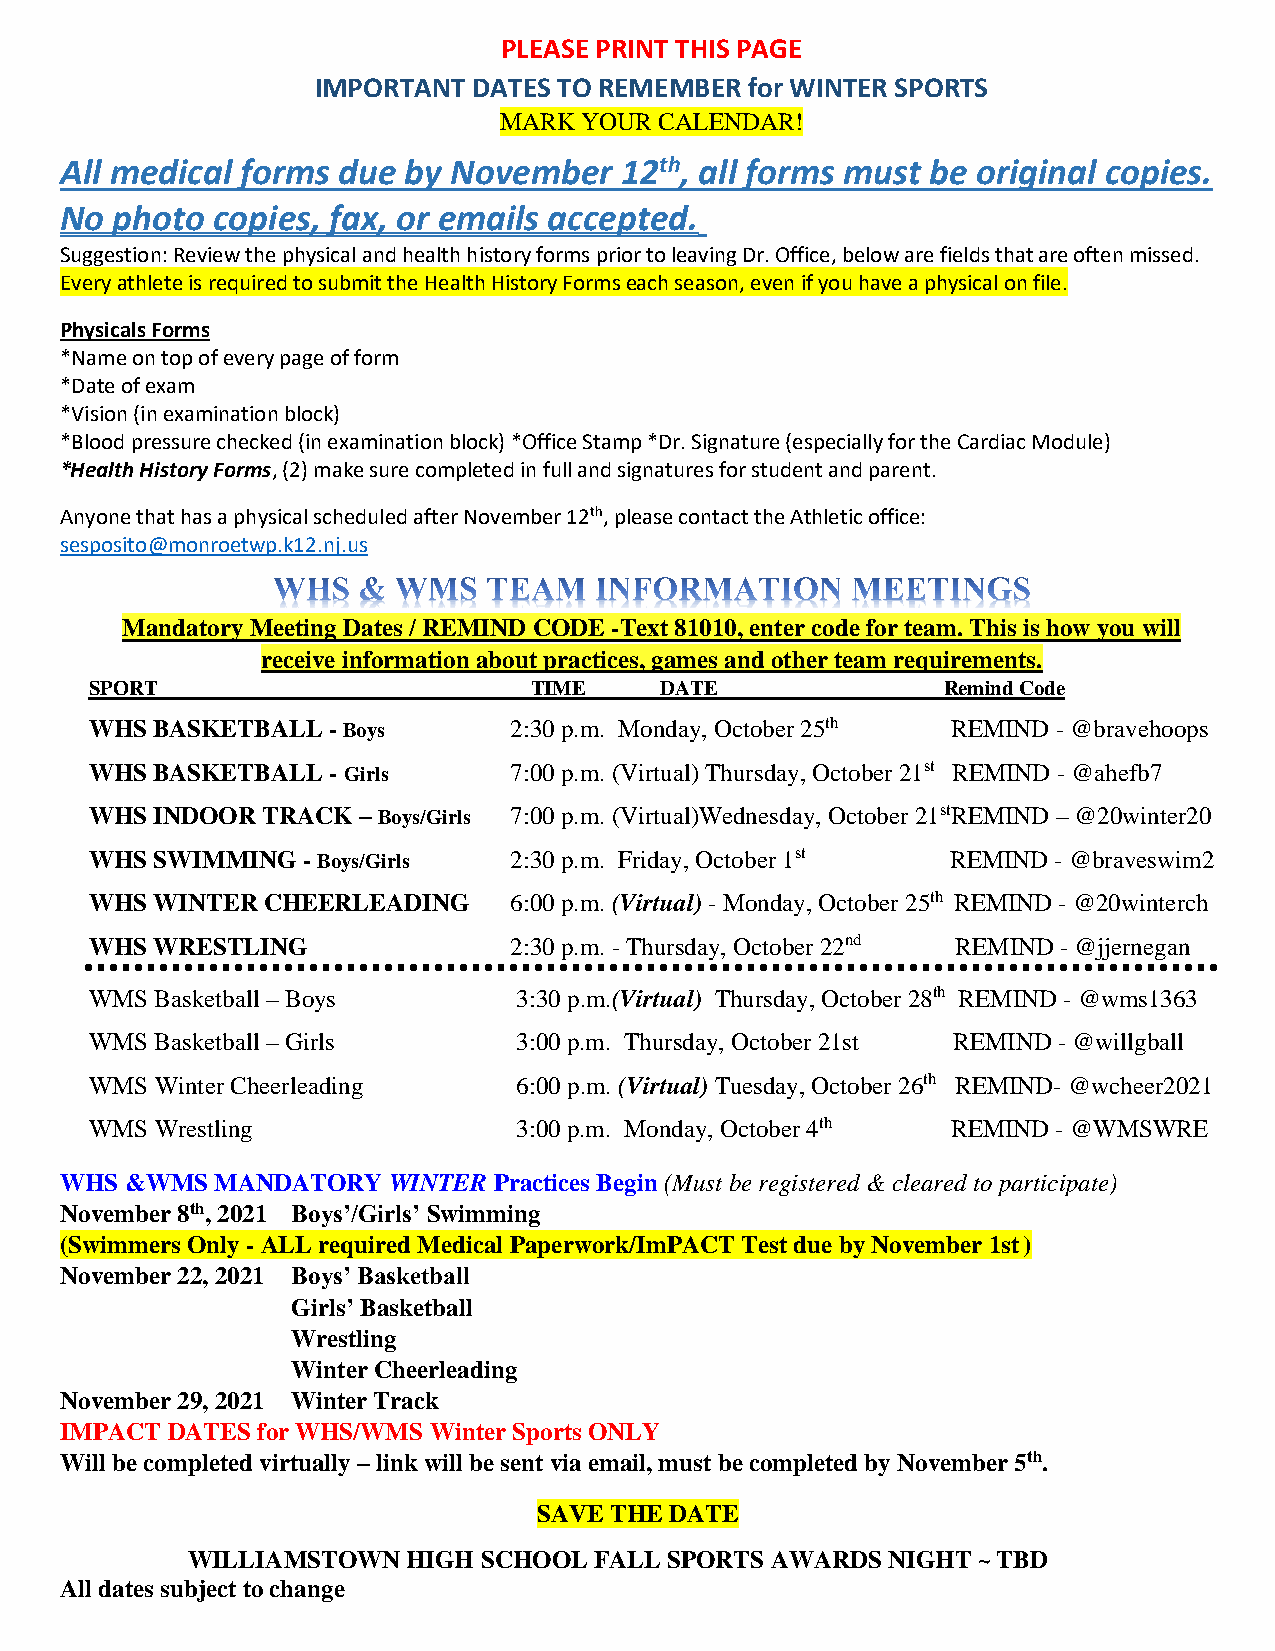
PLEASE PRINT THIS PAGE
 IMPORTANT DATES TO REMEMBER  for WINTER SPORTS
 MARK  YOUR CALENDAR!
 All medical forms due  by November   12th, all forms must be original copies.
 No photo  copies, fax, or emails accepted.
 Suggestion: Review the physical and health history forms prior to leaving Dr. Office, below are fields that are often missed.
 Every athlete is required to submit the Health History Forms each season, even if you have a physical on file.
 Physicals Forms
 *Name on top of every page of form
 *Date of exam
 *Vision (in examination block)
 *Blood pressure checked (in examination block) *Office Stamp *Dr. Signature (especially for the Cardiac Module)
 *Health History Forms, (2) make sure completed in full and signatures for student and parent.
 Anyone that has a physical scheduled after November 12th, please contact the Athletic office:
 sesposito@monroetwp.k12.nj.us
 Mandatory Meeting Dates / REMIND CODE -Text 81010, enter code for team. This is how you will
 receive information about practices, games and other team requirements.
 SPORT                        TIME     DATE              Remind Code
 WHS BASKETBALL  - Boys      2:30 p.m. Monday, October 25th REMIND - @bravehoops
 WHS BASKETBALL  - Girls     7:00 p.m. (Virtual) Thursday, October 21st REMIND - @ahefb7
 WHS INDOOR TRACK  – Boys/Girls 7:00 p.m. (Virtual)Wednesday, October 21stREMIND – @20winter20
 WHS SWIMMING  - Boys/Girls  2:30 p.m. Friday, October 1st REMIND - @braveswim2
 WHS WINTER CHEERLEADING     6:00 p.m. (Virtual) - Monday, October 25th REMIND - @20winterch
 WHS WRESTLING               2:30 p.m. - Thursday, October 22nd REMIND - @jjernegan
 WMS Basketball – Boys       3:30 p.m.(Virtual) Thursday, October 28th REMIND - @wms1363
 WMS Basketball – Girls      3:00 p.m. Thursday, October 21st REMIND - @willgball
 WMS Winter Cheerleading     6:00 p.m. (Virtual) Tuesday, October 26th REMIND- @wcheer2021
 WMS Wrestling               3:00 p.m. Monday, October 4th REMIND - @WMSWRE
 WHS &WMS  MANDATORY   WINTER Practices Begin (Must be registered & cleared to participate)
 November 8th, 2021 Boys’/Girls’ Swimming
 (Swimmers Only - ALL required Medical Paperwork/ImPACT Test due by November 1st )
 November 22, 2021 Boys’ Basketball
 Girls’ Basketball
 Wrestling
 Winter Cheerleading
 November 29, 2021 Winter Track
 IMPACT DATES for WHS/WMS Winter Sports ONLY
 Will be completed virtually – link will be sent via email, must be completed by November 5th.
 SAVE THE DATE
 WILLIAMSTOWN   HIGH SCHOOL FALL SPORTS AWARDS  NIGHT ~ TBD
 All dates subject to change